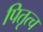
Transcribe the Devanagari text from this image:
पितृत्च